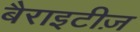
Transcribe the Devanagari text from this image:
बैराइटीज़